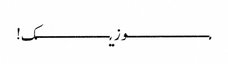
مـــــــــــــــــــوزیـــــــــــــــــک!